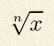
\sqrt[n]{x}